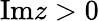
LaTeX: \mathrm{Im}z>0